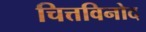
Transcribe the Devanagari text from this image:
चित्तविनोद